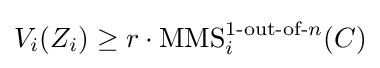
V_{i}(Z_{i})\geq r\cdot \operatorname {MMS} _{i}^{1{\text{-out-of-}}n}(C)